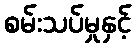
စမ်းသပ်မှုနှင့်